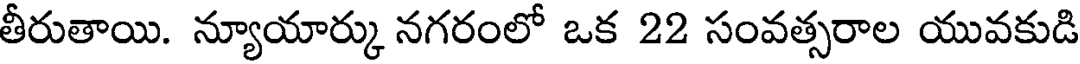
తీరుతాయి. న్యూయార్కు నగరంలో ఒక 22 సంవత్సరాల యువకుడి